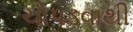
ચોપડવાથી